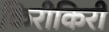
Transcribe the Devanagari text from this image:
किरीकिरी